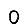
Digit: 0